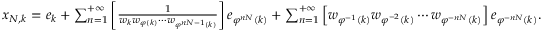
\begin{array} { r } { x _ { N , k } = e _ { k } + \sum _ { n = 1 } ^ { + \infty } { \left[ \frac { 1 } { w _ { k } w _ { \varphi ( k ) } \cdots w _ { \varphi ^ { n N - 1 } ( k ) } } \right] e _ { \varphi ^ { n N } ( k ) } } + \sum _ { n = 1 } ^ { + \infty } { \left[ w _ { \varphi ^ { - 1 } ( k ) } w _ { \varphi ^ { - 2 } ( k ) } \cdots w _ { \varphi ^ { - n N } ( k ) } \right] e _ { \varphi ^ { - n N } ( k ) } } . } \end{array}